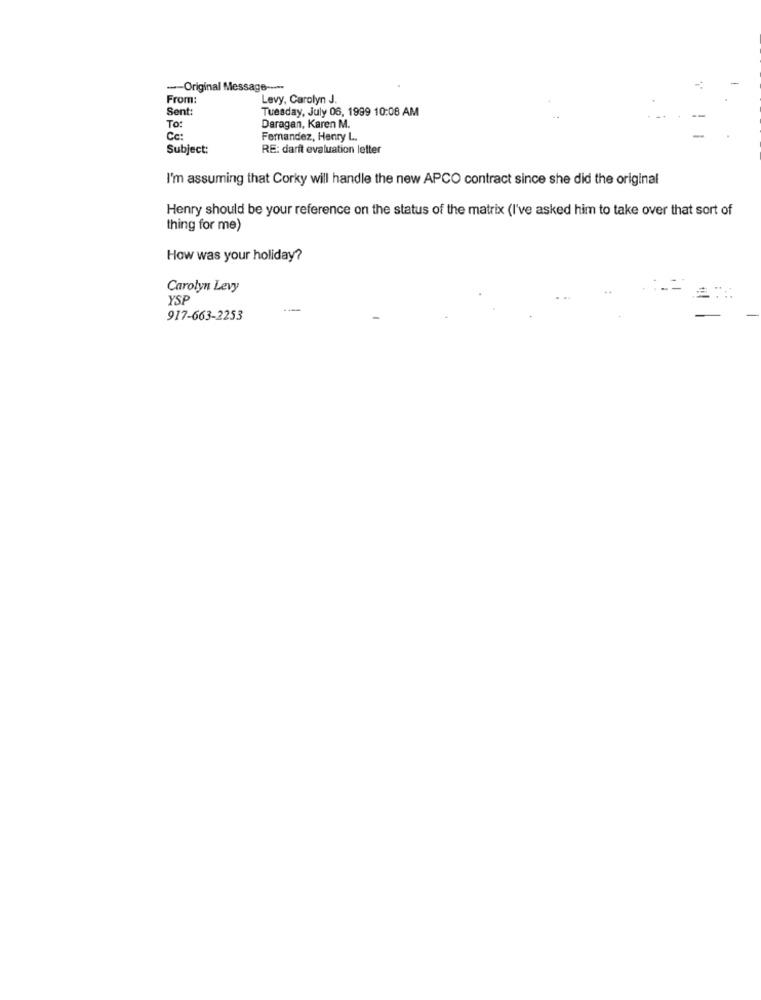
--- Original Message -----
From:
Levy, Carolyn J.
Sent:
Tuesday, July 06, 1999 10:08 AM
To:
Daragan, Karen M.
Cc:
Fernandez, Henry L.
Subject:
RE: darft evaluation letter
I'm assuming that Corky will handle the new APCO contract since she did the original
Henry should be your reference on the status of the matrix (I've asked him to take over that sort of
thing for me)
How was your holiday?
Carolyn Levy
YSP
917-663-2253